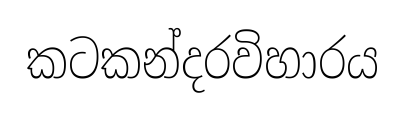
කටකන්දරවිහාරය